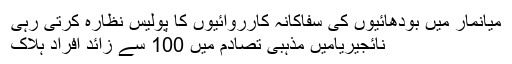
میانمار میں بودھائیوں کی سفاکانہ کارروائیوں کا پولیس نظارہ کرتی رہی
نائجیریامیں مذہبی تصادم میں 100 سے زائد افراد ہلاک